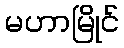
မဟာမြိုင်